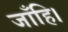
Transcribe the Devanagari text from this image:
जाँहि।